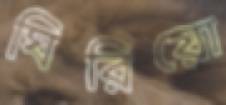
ঘিরিয়ো